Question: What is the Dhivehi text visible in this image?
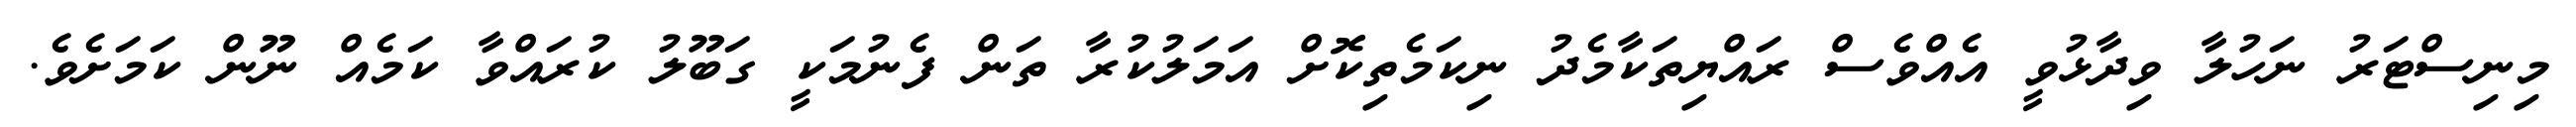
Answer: މިނިސްޓަރު ނަހުލާ ވިދާޅުވީ އެއްވެސް ރައްޔިތަކާމެދު ނިކަމެތިކޮށް އަމަލުކުރާ ތަން ފެނުމަކީ ގަބޫލު ކުރައްވާ ކަމެއް ނޫން ކަމަށެވެ.